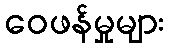
ဝေဖန်မှုများ